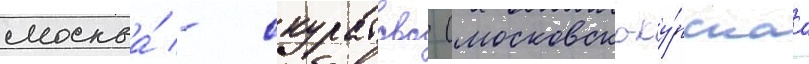
москва́ - скуратово (московско-ку́рскаа